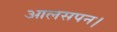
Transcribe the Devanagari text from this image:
आलसपन।